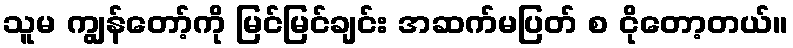
သူမ ကျွန်တော့်ကို မြင်မြင်ချင်း အဆက်မပြတ် စ ငိုတော့တယ်။